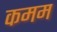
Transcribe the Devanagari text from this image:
कमम